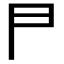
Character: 𠁣